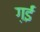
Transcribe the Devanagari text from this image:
ग़ईं